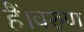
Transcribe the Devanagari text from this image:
हैं।वरुण